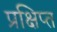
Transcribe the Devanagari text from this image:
प्रक्षिप्‍त